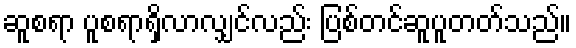
ဆူစရာ ပူစရာရှိလာလျှင်လည်း ပြစ်တင်ဆူပူတတ်သည်။